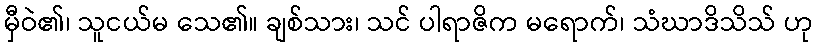
မှီဝဲ၏၊ သူငယ်မ သေ၏။ ချစ်သား၊ သင် ပါရာဇိက မရောက်၊ သံဃာဒိသိသ် ဟု